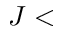
J <